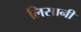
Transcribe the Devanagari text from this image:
लिसानी